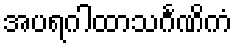
အပရဂါထာသင်္ဂဏိကံ